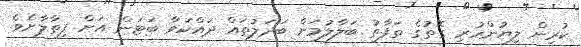
ކުރިން ލިޔުންހުރި ގޮތުގެ ތަފާތު ބަލާލުމަށް ބަދަލުތައް ދައްކަވާ ބަޓަން އަށް ފިތާލާށެވެ.